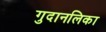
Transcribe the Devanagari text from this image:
गुदानलिका